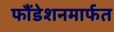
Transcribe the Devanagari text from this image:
फौंडेशनमार्फत